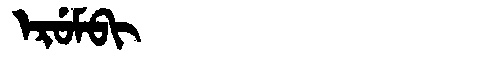
Manchu: ᡝᡵᡠᠮᠪᡳ
Romanization: ERUMBI